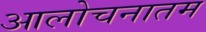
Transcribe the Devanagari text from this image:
आलोचनातम